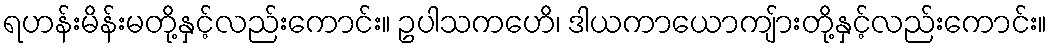
ရဟန်းမိန်းမတို့နှင့်လည်းကောင်း။ ဥပါသကဟေိ၊ ဒါယကာယောကျ်ားတို့နှင့်လည်းကောင်း။